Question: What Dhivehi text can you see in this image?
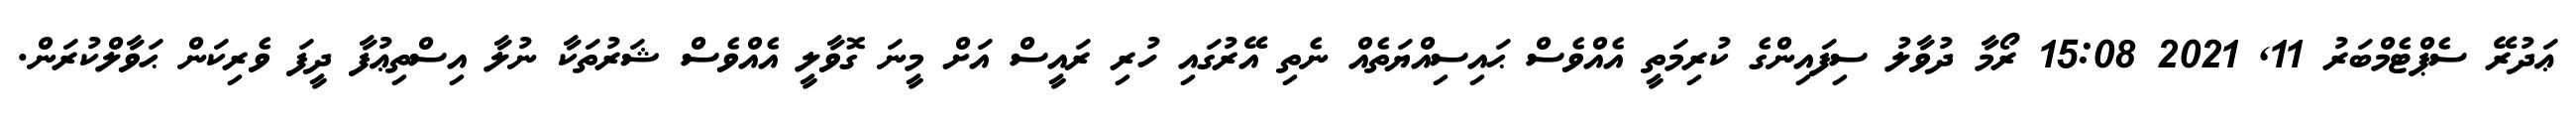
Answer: ޢަދުރޭ ސެޕްޓެމްބަރު 11, 2021 15:08 ރޯމާ ދުވާލު ސިފައިންގެ ކުރިމަތީ އެއްވެސް ޙައިސިއްޔަތެއް ނެތި އޭރުގައި ހުރި ރައީސް އަށް މީނަ ގޮވާލީ އެއްވެސް ޝަރުތަކާ ނުލާ އިސްތިޢުފާ ދީފަ ވެރިކަން ޙަވާލްކުރަން.